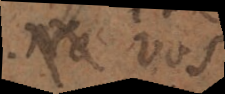
à vos